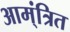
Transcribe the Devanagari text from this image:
आम्ंत्रित